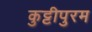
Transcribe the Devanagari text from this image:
कुट्टीपुरम